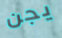
يجن